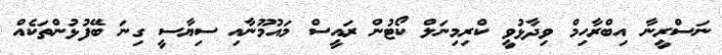
ނަސްރީނާ އިބްރާހިމް ވިދާޅުވީ ކްރިމިނަލް ކޯޓުން ރައީސް މައުމޫނާއި ސިޔާސީ ގިނަ ބޭފުޅުންތަކެއް